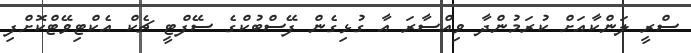
ސްރީ ލަންކާއަށް ކުރަމުންދާ ވިއްސާރަ އާ ގުޅިގެން ފޭސްބުކްގެ ސޭފްޓީ ޗެކް އެކްޓިވޭޓްކޮށްފި